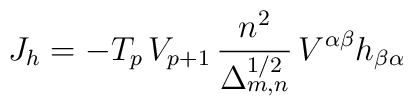
J_h = - T_p\,V_{p+1}\,\frac{n^2}{\Delta_{m,n}^{1/2}}\, V^{\alpha\beta}h_{\beta\alpha}